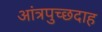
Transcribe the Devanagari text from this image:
आंत्रपुच्छदाह